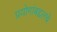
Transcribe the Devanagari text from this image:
प्रयोगांबद्दलचे